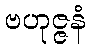
ဗဟုဇ္ဇနံ